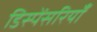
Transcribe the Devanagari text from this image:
डिस्पेंसरियाँ